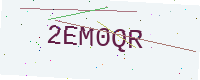
Text: 2EM0QR